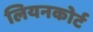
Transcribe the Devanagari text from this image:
लियनकोर्ट